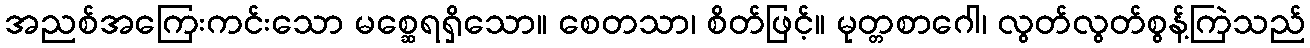
အညစ်အကြေးကင်းသော မစ္ဆေရရှိသော။ စေတသာ၊ စိတ်ဖြင့်။ မုတ္တစာဂေါ၊ လွတ်လွတ်စွန့်ကြဲသည်